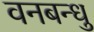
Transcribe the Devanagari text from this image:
वनबन्धु